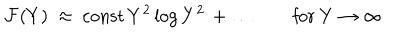
LaTeX: { \cal F } ( Y ) ~ \approx ~ \mathrm { c o n s t } \, Y ^ { 2 } \log { Y ^ { 2 } } \, + \ldots \qquad \mathrm { f o r ~ } Y \to \infty